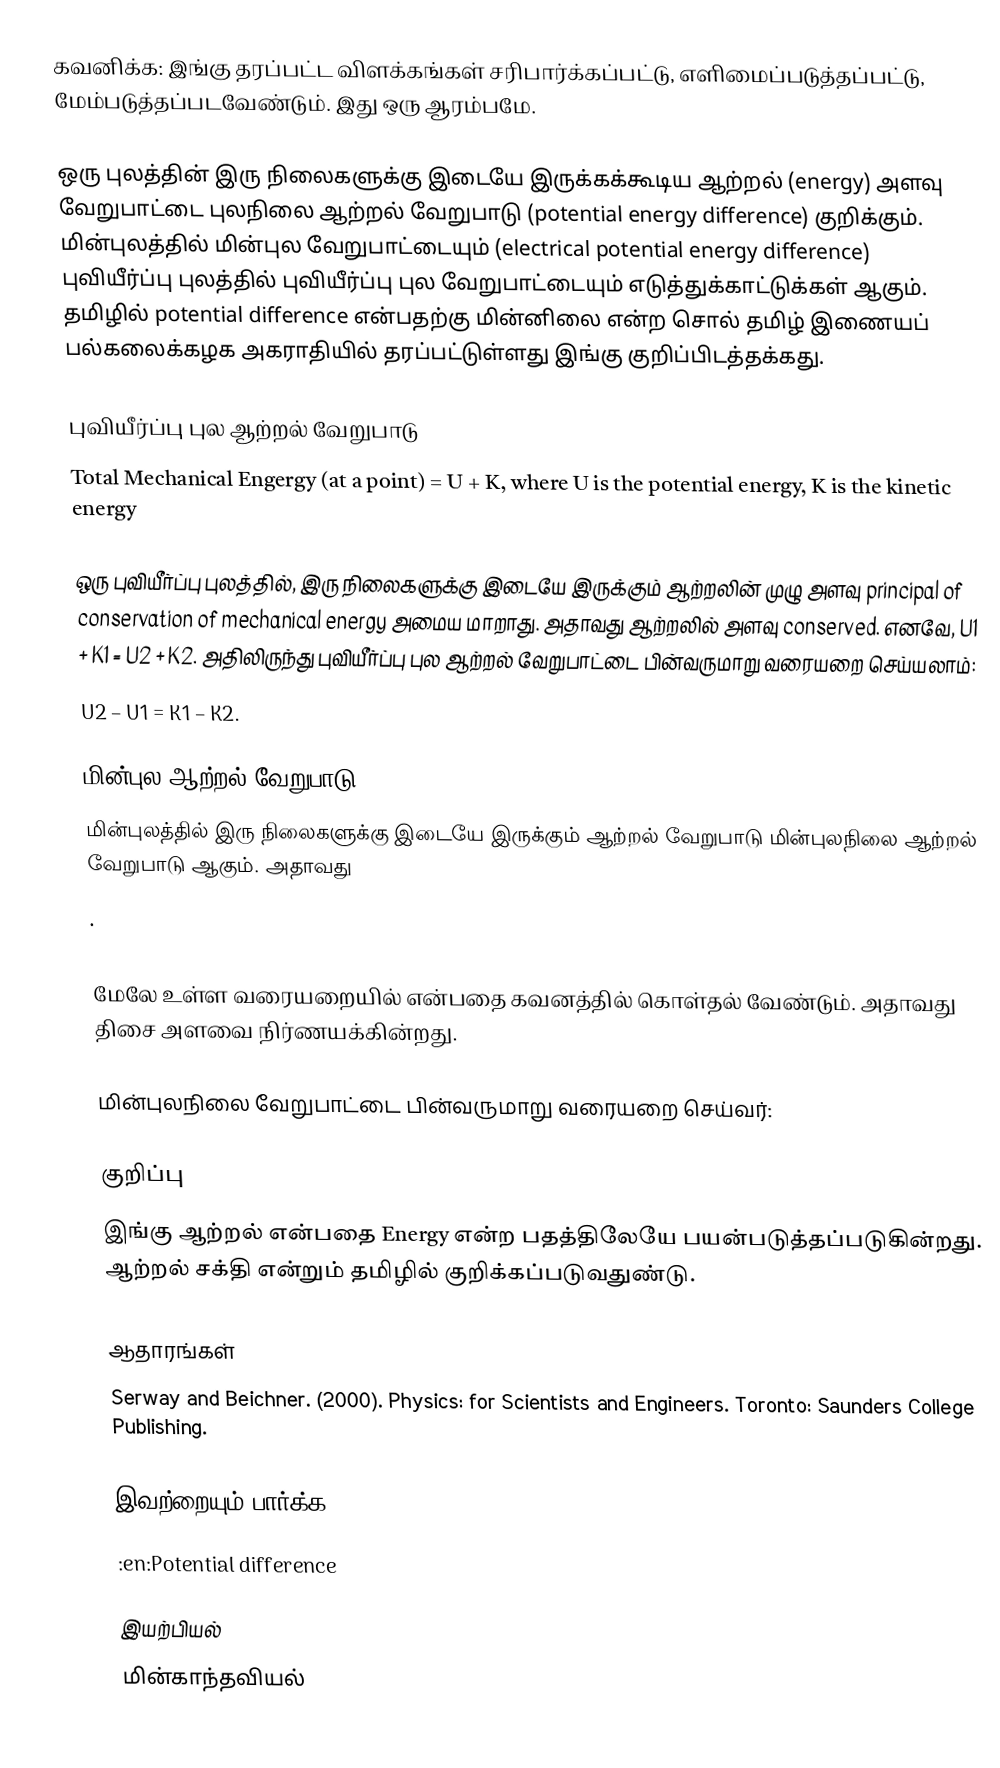
கவனிக்க: இங்கு தரப்பட்ட விளக்கங்கள் சரிபார்க்கப்பட்டு, எளிமைப்படுத்தப்பட்டு, மேம்படுத்தப்படவேண்டும். இது ஒரு ஆரம்பமே.

ஒரு புலத்தின் இரு நிலைகளுக்கு இடையே இருக்கக்கூடிய ஆற்றல் (energy) அளவு வேறுபாட்டை புலநிலை ஆற்றல் வேறுபாடு (potential energy difference) குறிக்கும்.  மின்புலத்தில் மின்புல வேறுபாட்டையும் (electrical potential energy difference) புவியீர்ப்பு புலத்தில் புவியீர்ப்பு புல வேறுபாட்டையும் எடுத்துக்காட்டுக்கள் ஆகும்.  தமிழில் potential difference என்பதற்கு மின்னிலை என்ற சொல் தமிழ் இணையப் பல்கலைக்கழக அகராதியில் தரப்பட்டுள்ளது இங்கு குறிப்பிடத்தக்கது.

புவியீர்ப்பு புல ஆற்றல் வேறுபாடு
Total Mechanical Engergy (at a point) = U + K, where U is the potential energy, K is the kinetic energy

ஒரு புவியீர்ப்பு புலத்தில், இரு நிலைகளுக்கு இடையே இருக்கும் ஆற்றலின் முழு அளவு principal of conservation of mechanical energy அமைய மாறாது.  அதாவது ஆற்றலில் அளவு conserved.  எனவே, U1 + K1 = U2 + K2.  அதிலிருந்து புவியீர்ப்பு புல ஆற்றல் வேறுபாட்டை பின்வருமாறு வரையறை செய்யலாம்:
U2 – U1 = K1 – K2.

மின்புல ஆற்றல் வேறுபாடு
மின்புலத்தில் இரு நிலைகளுக்கு இடையே இருக்கும் ஆற்றல் வேறுபாடு மின்புலநிலை ஆற்றல் வேறுபாடு ஆகும்.  அதாவது
 .

மேலே உள்ள வரையறையில்  என்பதை கவனத்தில் கொள்தல் வேண்டும்.  அதாவது திசை அளவை நிர்ணயக்கின்றது.

மின்புலநிலை வேறுபாட்டை பின்வருமாறு வரையறை செய்வர்:

குறிப்பு
இங்கு ஆற்றல் என்பதை Energy என்ற பதத்திலேயே பயன்படுத்தப்படுகின்றது.  ஆற்றல் சக்தி என்றும் தமிழில் குறிக்கப்படுவதுண்டு.

ஆதாரங்கள்
 Serway and Beichner. (2000). Physics: for Scientists and Engineers. Toronto: Saunders College Publishing.

இவற்றையும் பார்க்க
 :en:Potential difference

இயற்பியல்
மின்காந்தவியல்